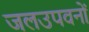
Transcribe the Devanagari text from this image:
जलउपवनों